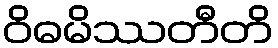
ဝိဓမိဿတီတိ